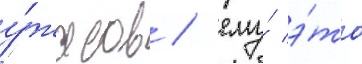
у́жасов / ему́ э́то